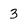
Character: 3